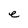
Character: e